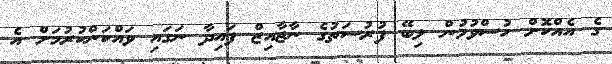
ގެ އެއްކޮށް ހުސްވުމުން ލިބޭ ފުރުސަތުގެ ނާޖާއިޒް ފައިދާ ނަގައި ވައްކަންކުރުމަށް އެ